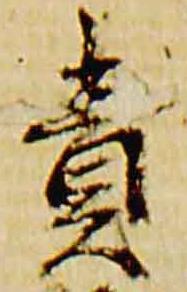
責